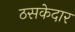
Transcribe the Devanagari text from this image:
ठसकेदार